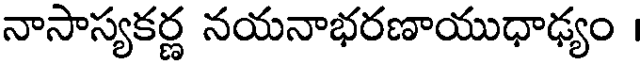
నాసాస్యకర్ణ నయనాభరణాయుధాఢ్యం